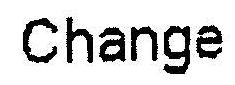
CHANGE